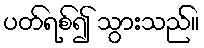
ပတ်ရစ်၍ သွားသည်။